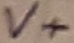
Text: V+